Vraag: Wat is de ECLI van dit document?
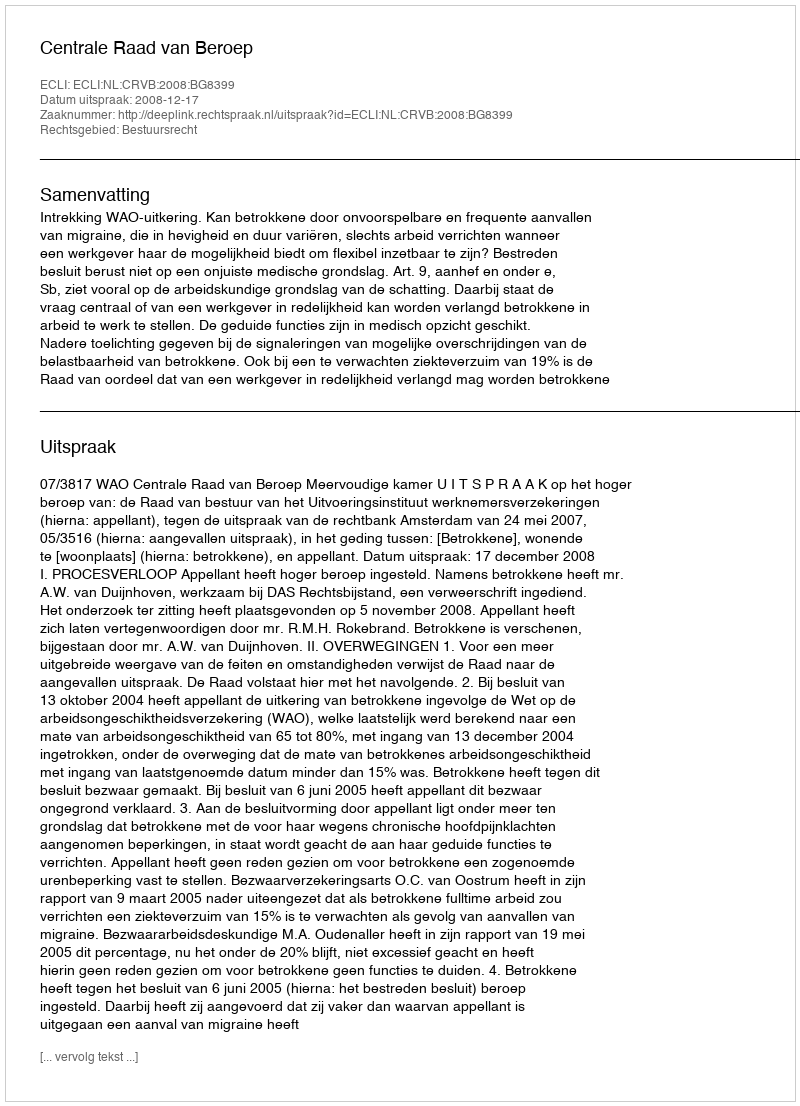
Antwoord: ECLI:NL:CRVB:2008:BG8399